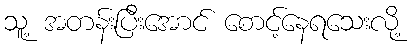
သူ့ အတန်းပြီးအောင် စောင့်နေရသေးလို့